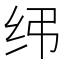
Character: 𫄝